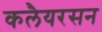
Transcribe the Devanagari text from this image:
कलैयरसन